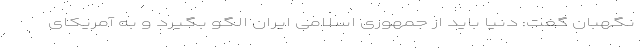
نگهبان گفت: دنیا باید از جمهوری اسلامی ایران الگو بگیرد و به آمریکای